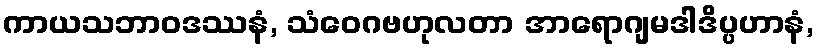
ကာယသဘာဝဒဿနံ, သံဝေဂဗဟုလတာ အာရောဂျမဒါဒိပ္ပဟာနံ,